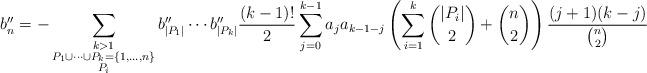
LaTeX: \begin{align*}b''_n = - \sum_{\substack{k > 1 \\ P_1 \cup \cdots \cup P_k = \{1,\ldots, n\} \\ P_i }} b''_{|P_1|}\cdots b''_{|P_k|} \frac{(k-1)!}{2}\sum_{j=0}^{k-1}a_ja_{k-1-j}\left(\sum_{i=1}^{k}\binom{|P_i|}{2} + \binom{n}{2}\right)\frac{(j+1)(k-j)}{\binom{n}{2}}\end{align*}